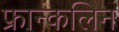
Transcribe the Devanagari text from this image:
फ्रान्कलिन